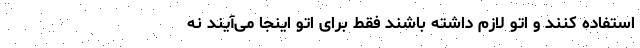
استفاده کنند و اتو لازم داشته باشند فقط برای اتو اینجا می‌آیند نه